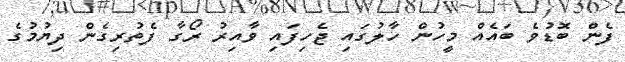
ފެން ބޮޑުވެ ބައެއް މީހުން ހާލުގައި ޖެހިފައި ވާއިރު ރޯގާ ފެތުރިގެން ދިޔުމުގެ